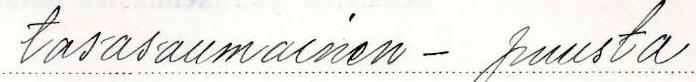
tasasaumainen - puusta